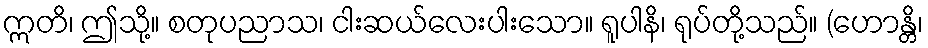
ဣတိ၊ ဤသို့။ စတုပညာသ၊ ငါးဆယ်လေးပါးသော။ ရူပါနိ၊ ရုပ်တို့သည်။ (ဟောန္တိ၊